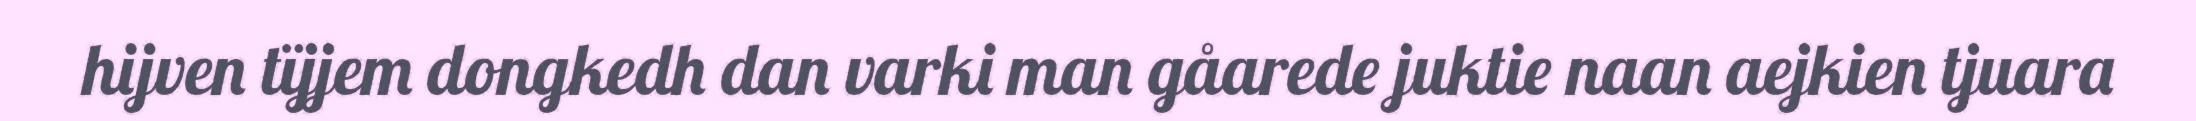
hijven tïjjem dongkedh dan varki man gåarede juktie naan aejkien tjuara